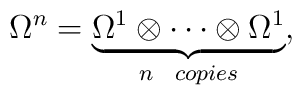
\Omega^n=\underbrace{\Omega^1\otimes\cdots\otimes\Omega^1}_{n\ \ copies},